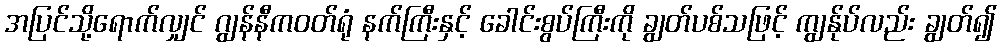
အပြင်သို့ရောက်လျှင် ဂျွန်နီကဝတ်ရုံ နက်ကြီးနှင့် ခေါင်းစွပ်ကြီးကို ချွတ်ပစ်သဖြင့် ကျွန်ုပ်လည်း ချွတ်၍